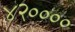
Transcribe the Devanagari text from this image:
४२००००